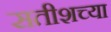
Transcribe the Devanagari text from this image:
सतीशच्या